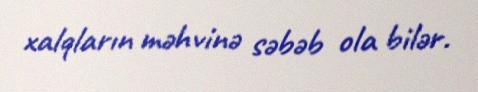
xalqların məhvinə səbəb ola bilər.